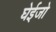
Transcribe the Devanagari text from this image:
घेईजो